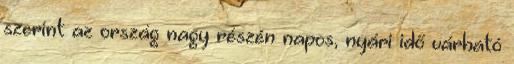
szerint az ország nagy részén napos, nyári idő várható